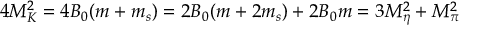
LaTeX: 4 M _ { K } ^ { 2 } = 4 B _ { 0 } ( m + m _ { s } ) = 2 B _ { 0 } ( m + 2 m _ { s } ) + 2 B _ { 0 } m = 3 M _ { \eta } ^ { 2 } + M _ { \pi } ^ { 2 }